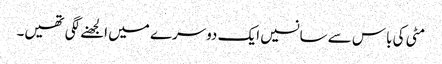
مٹی کی باس سے سانسیں ایک دوسرے میں الجھنے لگی تھیں۔